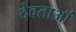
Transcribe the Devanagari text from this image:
देवताऑं